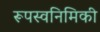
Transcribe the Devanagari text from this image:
रूपस्वनिमिकी